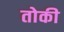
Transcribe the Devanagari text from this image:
तोकी